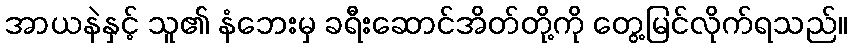
အာယနဲနှင့် သူ၏ နံဘေးမှ ခရီးဆောင်အိတ်တို့ကို တွေ့မြင်လိုက်ရသည်။